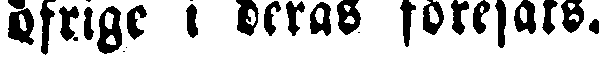
öfrige i deras föresats.